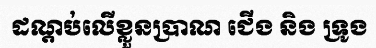
ដណ្តប់លើខ្លួនប្រាណ ជើង និង ទ្រូង